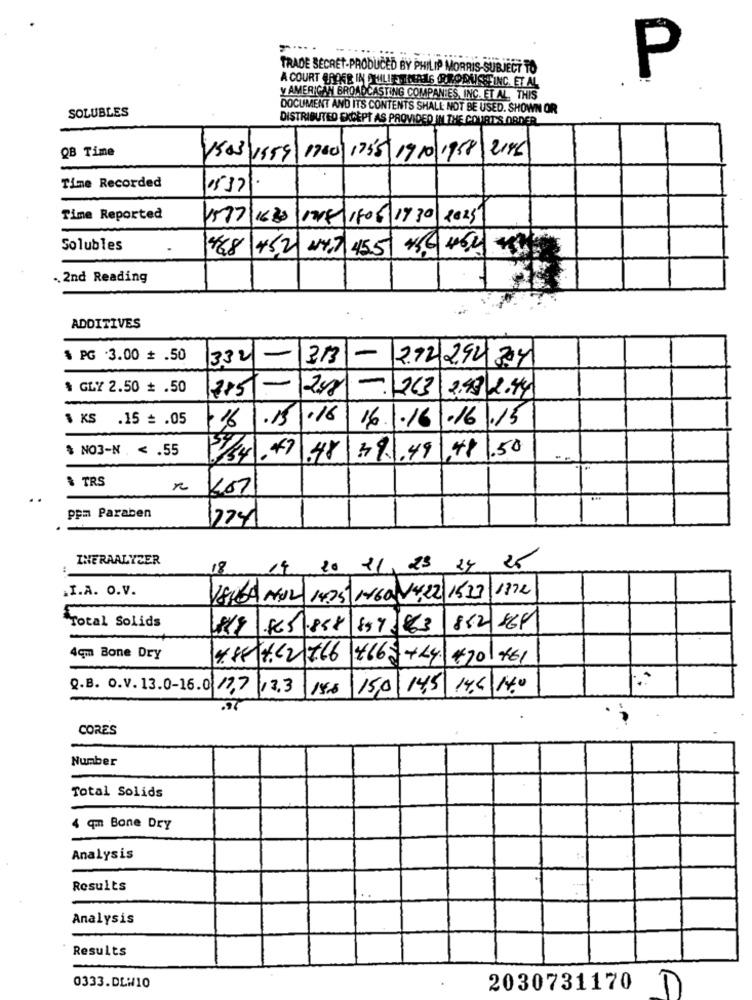
TRADE SECRET-PRODUCED BY PHILIP MORRIS-SUBJECT TO
A COURT ORDER IN PHILIPSTINAS ORROBUSTINC. ET AL
P
y AMERICAN BROADCASTING COMPANIES, INC. ET AL. THIS
SOLUBLES
DOCUMENT AND ITS CONTENTS SHALL NOT BE USED. SHOWN OR
DISTRIBUTED EXCEPT AS PROVIDED IN THE COURTS ORDER
QB Time
1700 1735 1910/1958 2146
1503 1559
Time Recorded
0532
Time Reported
1577/16.30
128/1806 17 30 2025
Solubles
-
$68 45.2 44,7 45.5 45.6 464
. 2nd Reading
ADDITIVES
$ PG 3.00 # .50
332
-
313
-
272/292 304
$ GLY 2.50 # .50
248
2.43 2.44
$ KS .15 = . 05
.15
.16
16.1.16 .16/13
$ NO3-N . < . 55
1. 47
$$ 1.50
.48
39.1.49
& TRS
ppm Paraben
2241
INERAALYZER
18
14 20 21 23 24 25
.I.A. O.V.
1372
ISUBA MUL 1435 1460 14,22 1523
`rotal Solids
€65.888
$7
882 164
4qm Bone Dry
4:85 4.62 766
+662+24 470 461
Q.B. o.V. 13.0-16.0 177 17.3
1156
15,0
14,5 14.6 140
CORES
.
Number
Total Solids
4 qm Bone Dry
Analysis
Results
..
Analysis
Results
0333.DLW10
2030731170